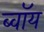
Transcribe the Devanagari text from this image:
ब्‍वॉय